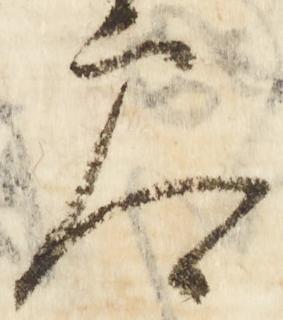
参